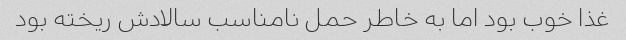
غذا خوب بود اما به خاطر حمل نامناسب سالادش ریخته بود